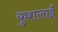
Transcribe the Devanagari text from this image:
कुशलाई